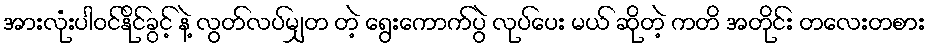
အားလုံးပါဝင်နိုင်ခွင့် နဲ့ လွတ်လပ်မျှတ တဲ့ ရွေးကောက်ပွဲ လုပ်ပေး မယ် ဆိုတဲ့ ကတိ အတိုင်း တလေးတစား